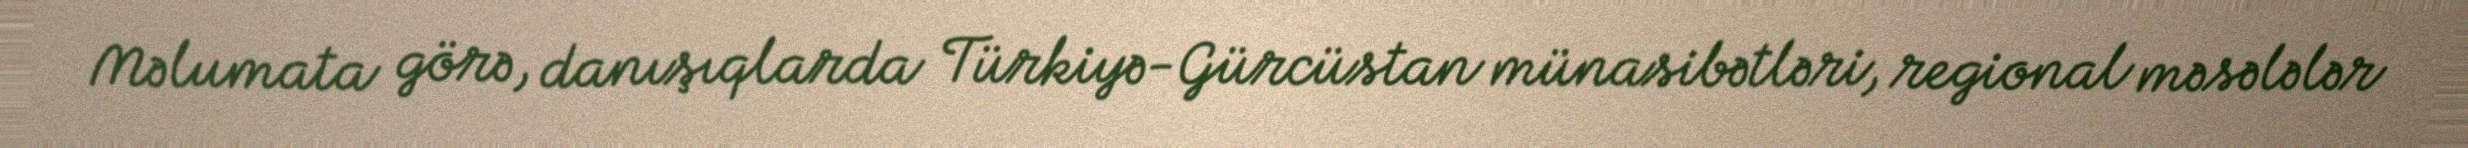
Məlumata görə, danışıqlarda Türkiyə-Gürcüstan münasibətləri, regional məsələlər